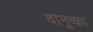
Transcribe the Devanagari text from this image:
दानुष्का